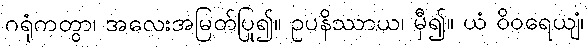
ဂရုံကတွာ၊ အလေးအမြတ်ပြု၍။ ဥပနိဿာယ၊ မှီ၍။ ယံ ဝိဝရေယျံ၊